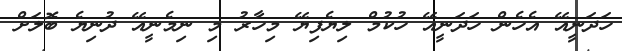
ހަދަނީއޭ އެހެން ހަދަނީއޭ ހުކުމް ލިޔެފިޔޭ މިހާރު މި ނިމެނީއޭ ދުނިޔެ ބޮލަށް